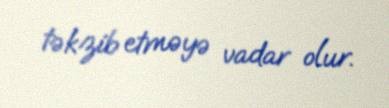
təkzib etməyə vadar olur.